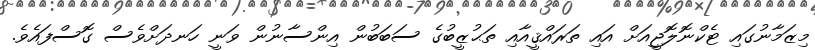
މިޒަމާނުގައި ޓެކްނޮލޮޖީއަށް އައި ތަރައްޤީއާއި ތަޙުޒީބުގެ ސަބަބުން އިންސާނުން ވަނީ ހަނދަށްވެސް ގޮސްފައެވެ.